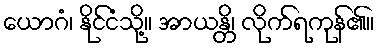
ယောဂံ၊ နိုင်ငံသို့။ အာယန္တိ၊ လိုက်ရကုန်၏။